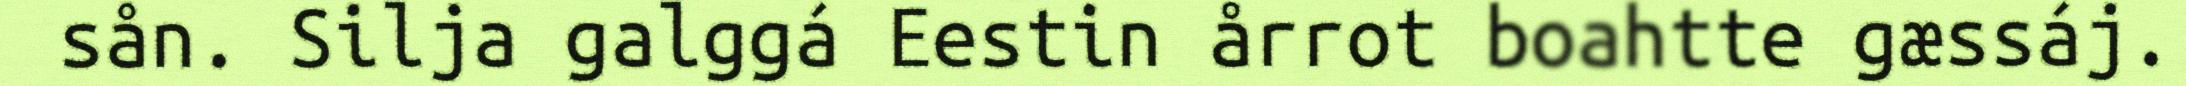
sån. Silja galggá Eestin årrot boahtte gæssáj.